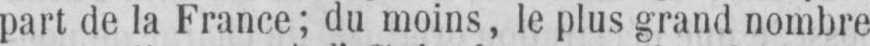
part de la France; du moins, le plus grand nombre